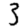
Digit: 3